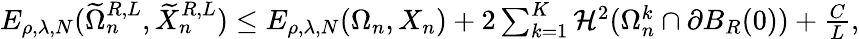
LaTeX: \begin{array}{r}{E_{\rho,\lambda,N}(\widetilde\Omega_{n}^{R,L},\widetilde X_{n}^{R,L})\leq E_{\rho,\lambda,N}(\Omega_{n},X_{n})+2\sum_{k=1}^{K}\mathcal H^{2}(\Omega_{n}^{k}\cap\partial B_{R}(0))+{\frac{C}{L}},}\end{array}